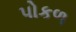
પોકળ